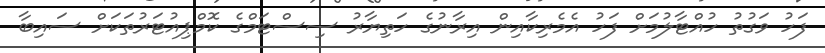
ފަހު ވަގުތު ހުއްޓާލުމަށް ފަހު އެމެރިކާއިން އިރާނުގެ ހަތިޔާރު ސިސްޓަމްގެ ކޮމްޕިއުޓަރުތަކަށް ސައިބާ